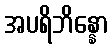
အပရိဘိန္နော